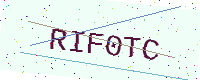
Text: RIF0TC